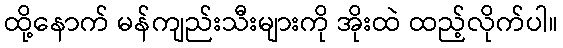
ထို့နောက် မန်ကျည်းသီးများကို အိုးထဲ ထည့်လိုက်ပါ။